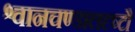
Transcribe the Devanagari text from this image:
श्वानचण्डालदृष्टौ